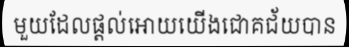
មួយដែលផ្តល់អោយយើងជោគជ័យបាន